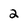
Character: 2